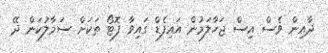
ދާއިން ވެސް އިސް ޖަހާލަމުން އައިފެޑް ގައިވާ ފޮޓޯ ތަކަށް ސަމާލުކަން ދޭ